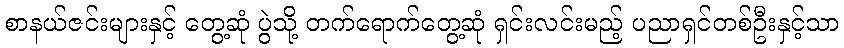
စာနယ်ဇင်းများနှင့် တွေ့ဆုံ ပွဲသို့ တက်ရောက်တွေ့ဆုံ ရှင်းလင်းမည့် ပညာရှင်တစ်ဦးနှင့်သာ